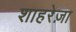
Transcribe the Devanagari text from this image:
शाहरेज़ा